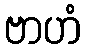
ဗာဟံ